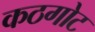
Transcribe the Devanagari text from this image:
कठगोट